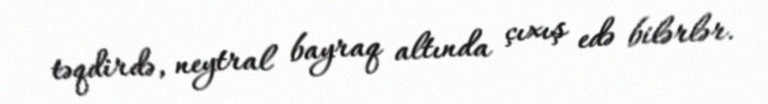
təqdirdə, neytral bayraq altında çıxış edə bilərlər.